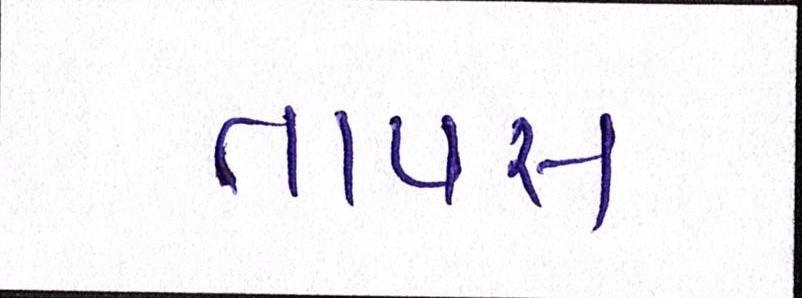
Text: તાપસ